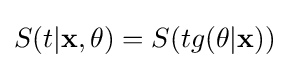
S(t|\mathbf {x} ,\mathbf {\theta } )=S(tg(\mathbf {\theta } |\mathbf {x} ))